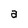
Character: a